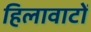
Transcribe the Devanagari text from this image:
हिलावाटों